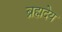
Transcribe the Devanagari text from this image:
ब्रह्मदेय